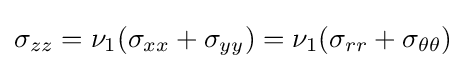
\sigma _{zz}=\nu _{1}(\sigma _{xx}+\sigma _{yy})=\nu _{1}(\sigma _{rr}+\sigma _{\theta \theta })